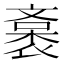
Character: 𧜯